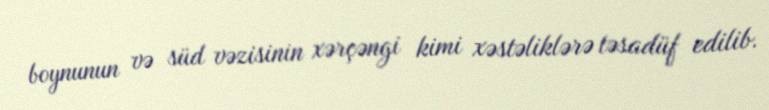
boynunun və süd vəzisinin xərçəngi kimi xəstəliklərə təsadüf edilib.